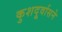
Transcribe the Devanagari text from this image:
कुशदूर्वासने